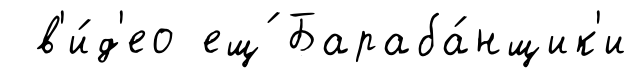
в'и́д'ео ещ́ Бараба́нщик'и